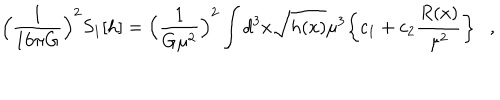
LaTeX: \Bigl ( \frac { 1 } { 1 6 \pi G } \Bigr ) ^ { 2 } S _ { 1 } [ h ] = \Bigl ( \frac { 1 } { G \mu ^ { 2 } } \Bigr ) ^ { 2 } \int d ^ { 3 } x \sqrt { h ( x ) } \mu ^ { 3 } \biggl \{ c _ { 1 } + c _ { 2 } \frac { R ( x ) } { \mu ^ { 2 } } \biggr \} ,